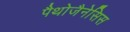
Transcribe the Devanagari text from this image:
पैथोजैनेसिस